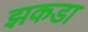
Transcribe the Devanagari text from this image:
झकडा